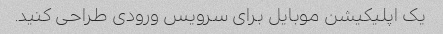
یک اپلیکیشن موبایل برای سرویس ورودی طراحی کنید.